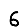
Digit: 6